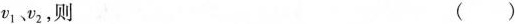
v_{1}、v_{2}，则 （）